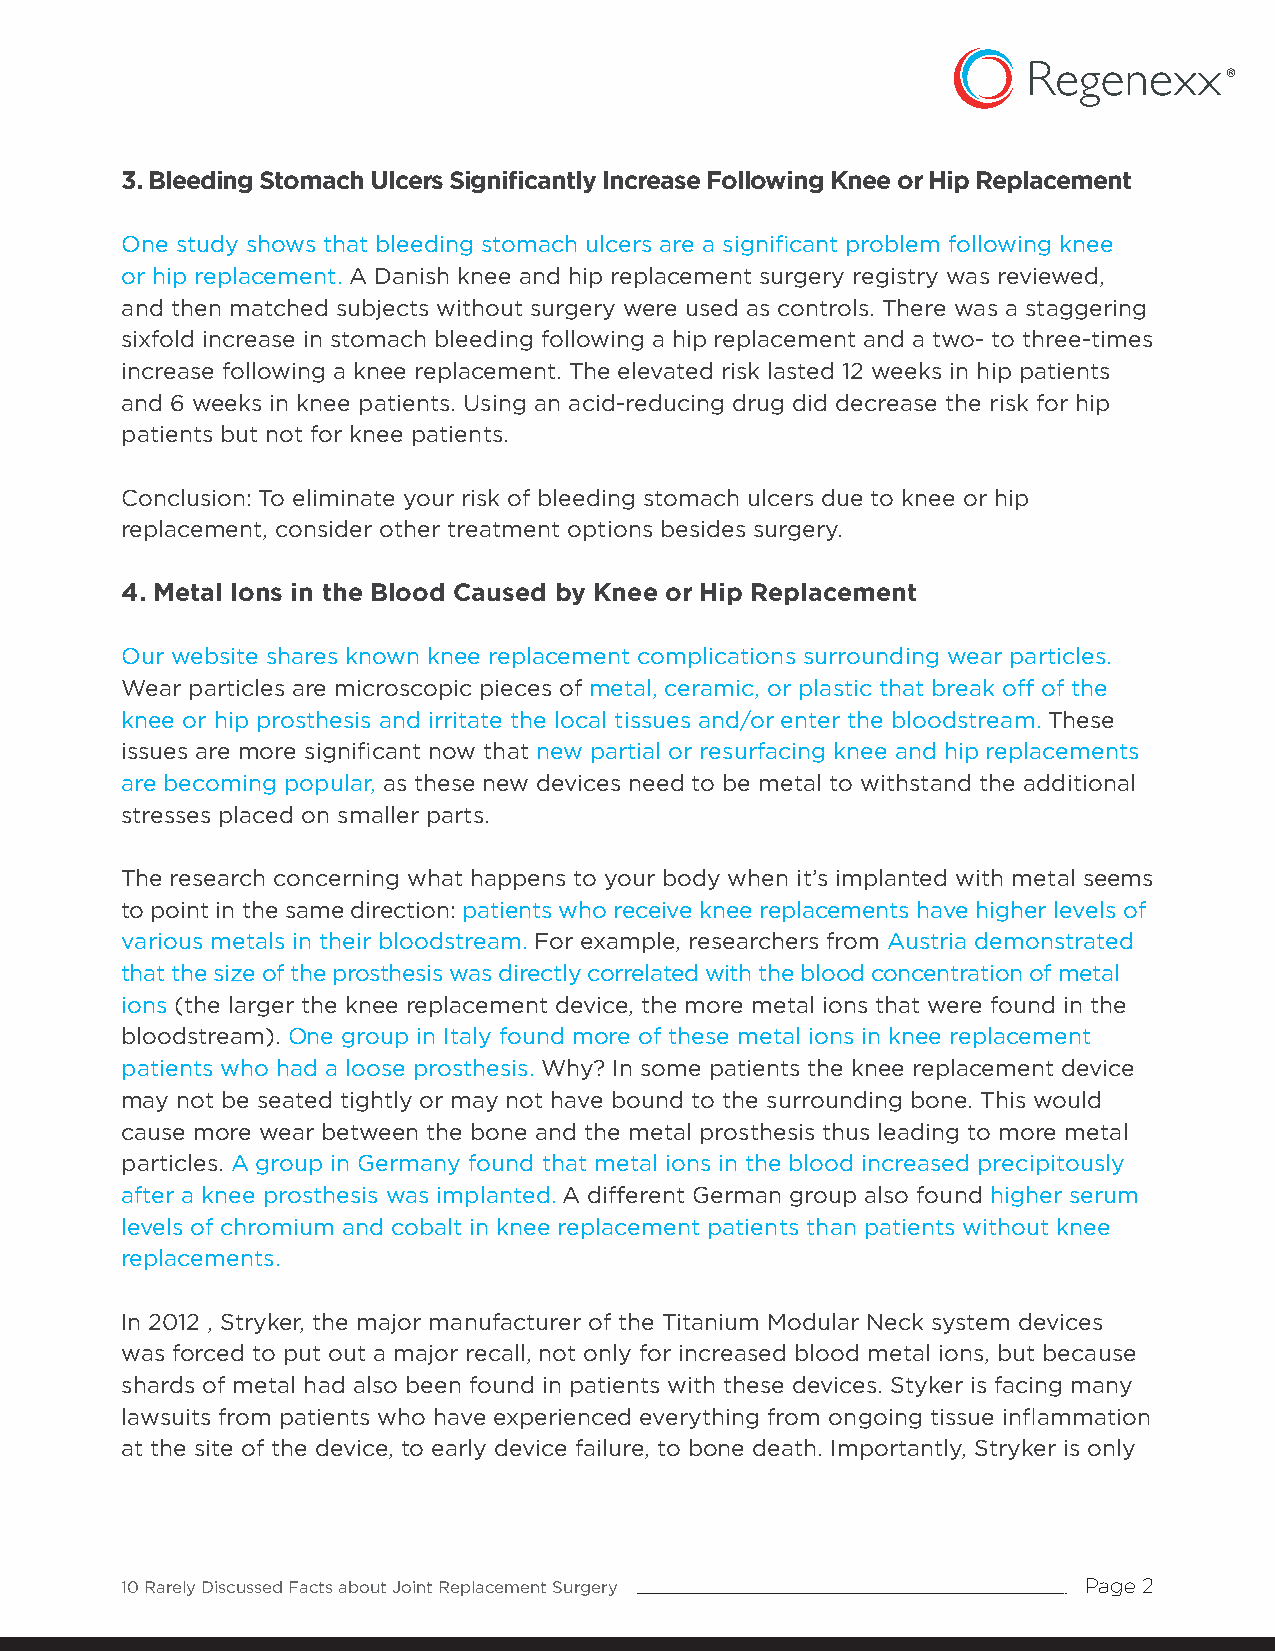
3. Bleeding Stomach Ulcers Significantly Increase Following Knee or Hip Replacement
 One study shows that bleeding stomach ulcers are a significant problem following knee
 or hip replacement. A Danish knee and hip replacement surgery registry was reviewed,
 and then matched subjects without surgery were used as controls. There was a staggering
 sixfold increase in stomach bleeding following a hip replacement and a two- to three-times
 increase following a knee replacement. The elevated risk lasted 12 weeks in hip patients
 and 6 weeks in knee patients. Using an acid-reducing drug did decrease the risk for hip
 patients but not for knee patients.
 Conclusion: To eliminate your risk of bleeding stomach ulcers due to knee or hip
 replacement, consider other treatment options besides surgery.
 4. Metal Ions in the Blood Caused by Knee or Hip Replacement
 Our website shares known knee replacement complications surrounding wear particles.
 Wear particles are microscopic pieces of metal, ceramic, or plastic that break off of the
 knee or hip prosthesis and irritate the local tissues and/or enter the bloodstream. These
 issues are more significant now that new partial or resurfacing knee and hip replacements
 are becoming popular, as these new devices need to be metal to withstand the additional
 stresses placed on smaller parts.
 The research concerning what happens to your body when it’s implanted with metal seems
 to point in the same direction: patients who receive knee replacements have higher levels of
 various metals in their bloodstream. For example, researchers from Austria demonstrated
 that the size of the prosthesis was directly correlated with the blood concentration of metal
 ions (the larger the knee replacement device, the more metal ions that were found in the
 bloodstream). One group in Italy found more of these metal ions in knee replacement
 patients who had a loose prosthesis. Why? In some patients the knee replacement device
 may not be seated tightly or may not have bound to the surrounding bone. This would
 cause more wear between the bone and the metal prosthesis thus leading to more metal
 particles. A group in Germany found that metal ions in the blood increased precipitously
 after a knee prosthesis was implanted. A different German group also found higher serum
 levels of chromium and cobalt in knee replacement patients than patients without knee
 replacements.
 In 2012 , Stryker, the major manufacturer of the Titanium Modular Neck system devices
 was forced to put out a major recall, not only for increased blood metal ions, but because
 shards of metal had also been found in patients with these devices. Styker is facing many
 lawsuits from patients who have experienced everything from ongoing tissue inflammation
 at the site of the device, to early device failure, to bone death. Importantly, Stryker is only
 10 Rarely Discussed Facts about Joint Replacement Surgery       Page 2